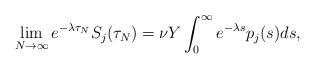
LaTeX: \begin{align*} \lim_{N \to \infty} e^{-\lambda \tau_N} S_j(\tau_N) = \nu Y \int_0^\infty e^{-\lambda s} p_j(s) ds,\end{align*}